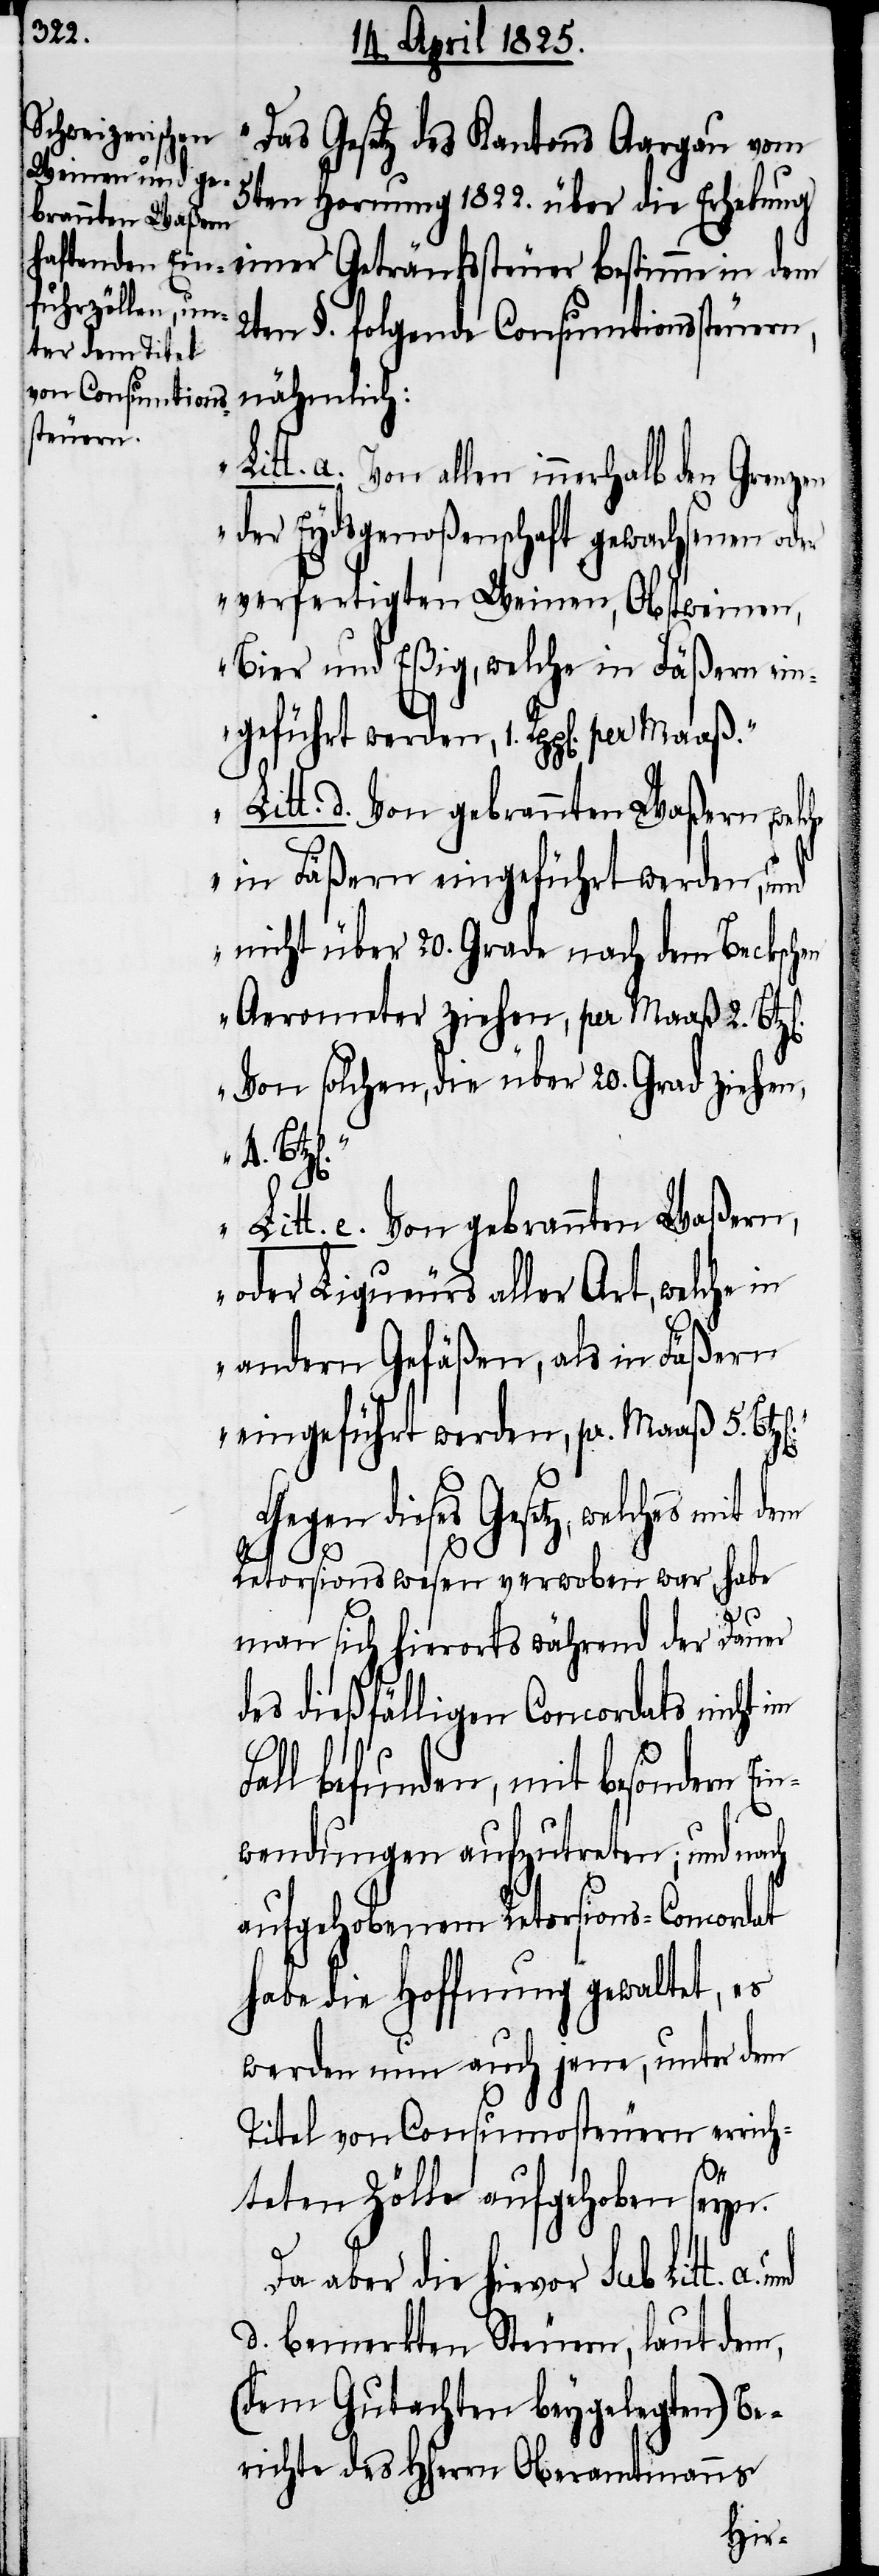
„Das Gesetz des Kantons Aargau vom
5ten Hornung 1822. über die Erhebung
2ten §. folgende Consumtionssteuern,
nähmlich:
Litt. a. Von allen innerhalb den Grenzen
der Eydsgenoßenschaft gewachsenen oder
verfertigten Weinen, Obstweinen,
Bier und Eßig, welche in Fäßern ein¬
geführt werden, 1. Rpp[en].
Litt. d. Von gebrannten Waßern, welche
in Fäßern eingeführt werden, und
nicht über 20. Grade nach dem Beckschen
Aerometer ziehen, per Maaß 2.
Von solchen, die über 20. Grad ziehen,
Litt. e. Von gebrannten Waßern,
oder Liqueurs aller Art, welche in
andern Gefäßen, als in Fäßern
eingeführt werden, pr. Maaß 5.
Gegen dieses Gesetz, welches
Retorsionswesen verwoben war, habe
man sich hierorts während der Dauer
des dießfälligen Concordats nicht im
Fall befunden, mit besondern Ei¬
nwendungen aufzutreten; und nach
aufgehobenem Retorsions-Concordat
habe die Hoffnung gewaltet, es
werden nun auch jene, unter dem
Titel von Consumosteuern errich¬
teten Zölle aufgehoben seyn.
Da aber die hievor sub Litt, a.
d. bemerkten Steuern, laut dem,
(dem Gutachten beygelegten) Be¬
richte des Hherrn Oberamtmanns